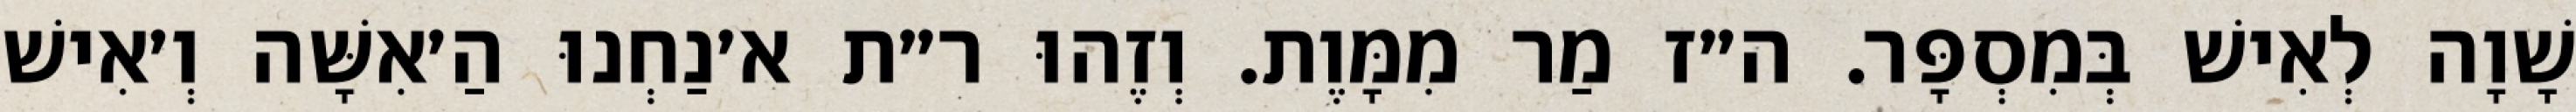
שָׁוָה לְאִישׁ בְּמִסְפָּר. ה״ז מַר מִמָּוֶת. וְזֶהוּ ר״ת א׳נַחְנוּ הַ׳אִשָּׁה וְ׳אִישׁ